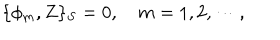
\{ \phi _ { m } , Z \} _ { S } = 0 , ~ m = 1 , 2 , \cdots ,